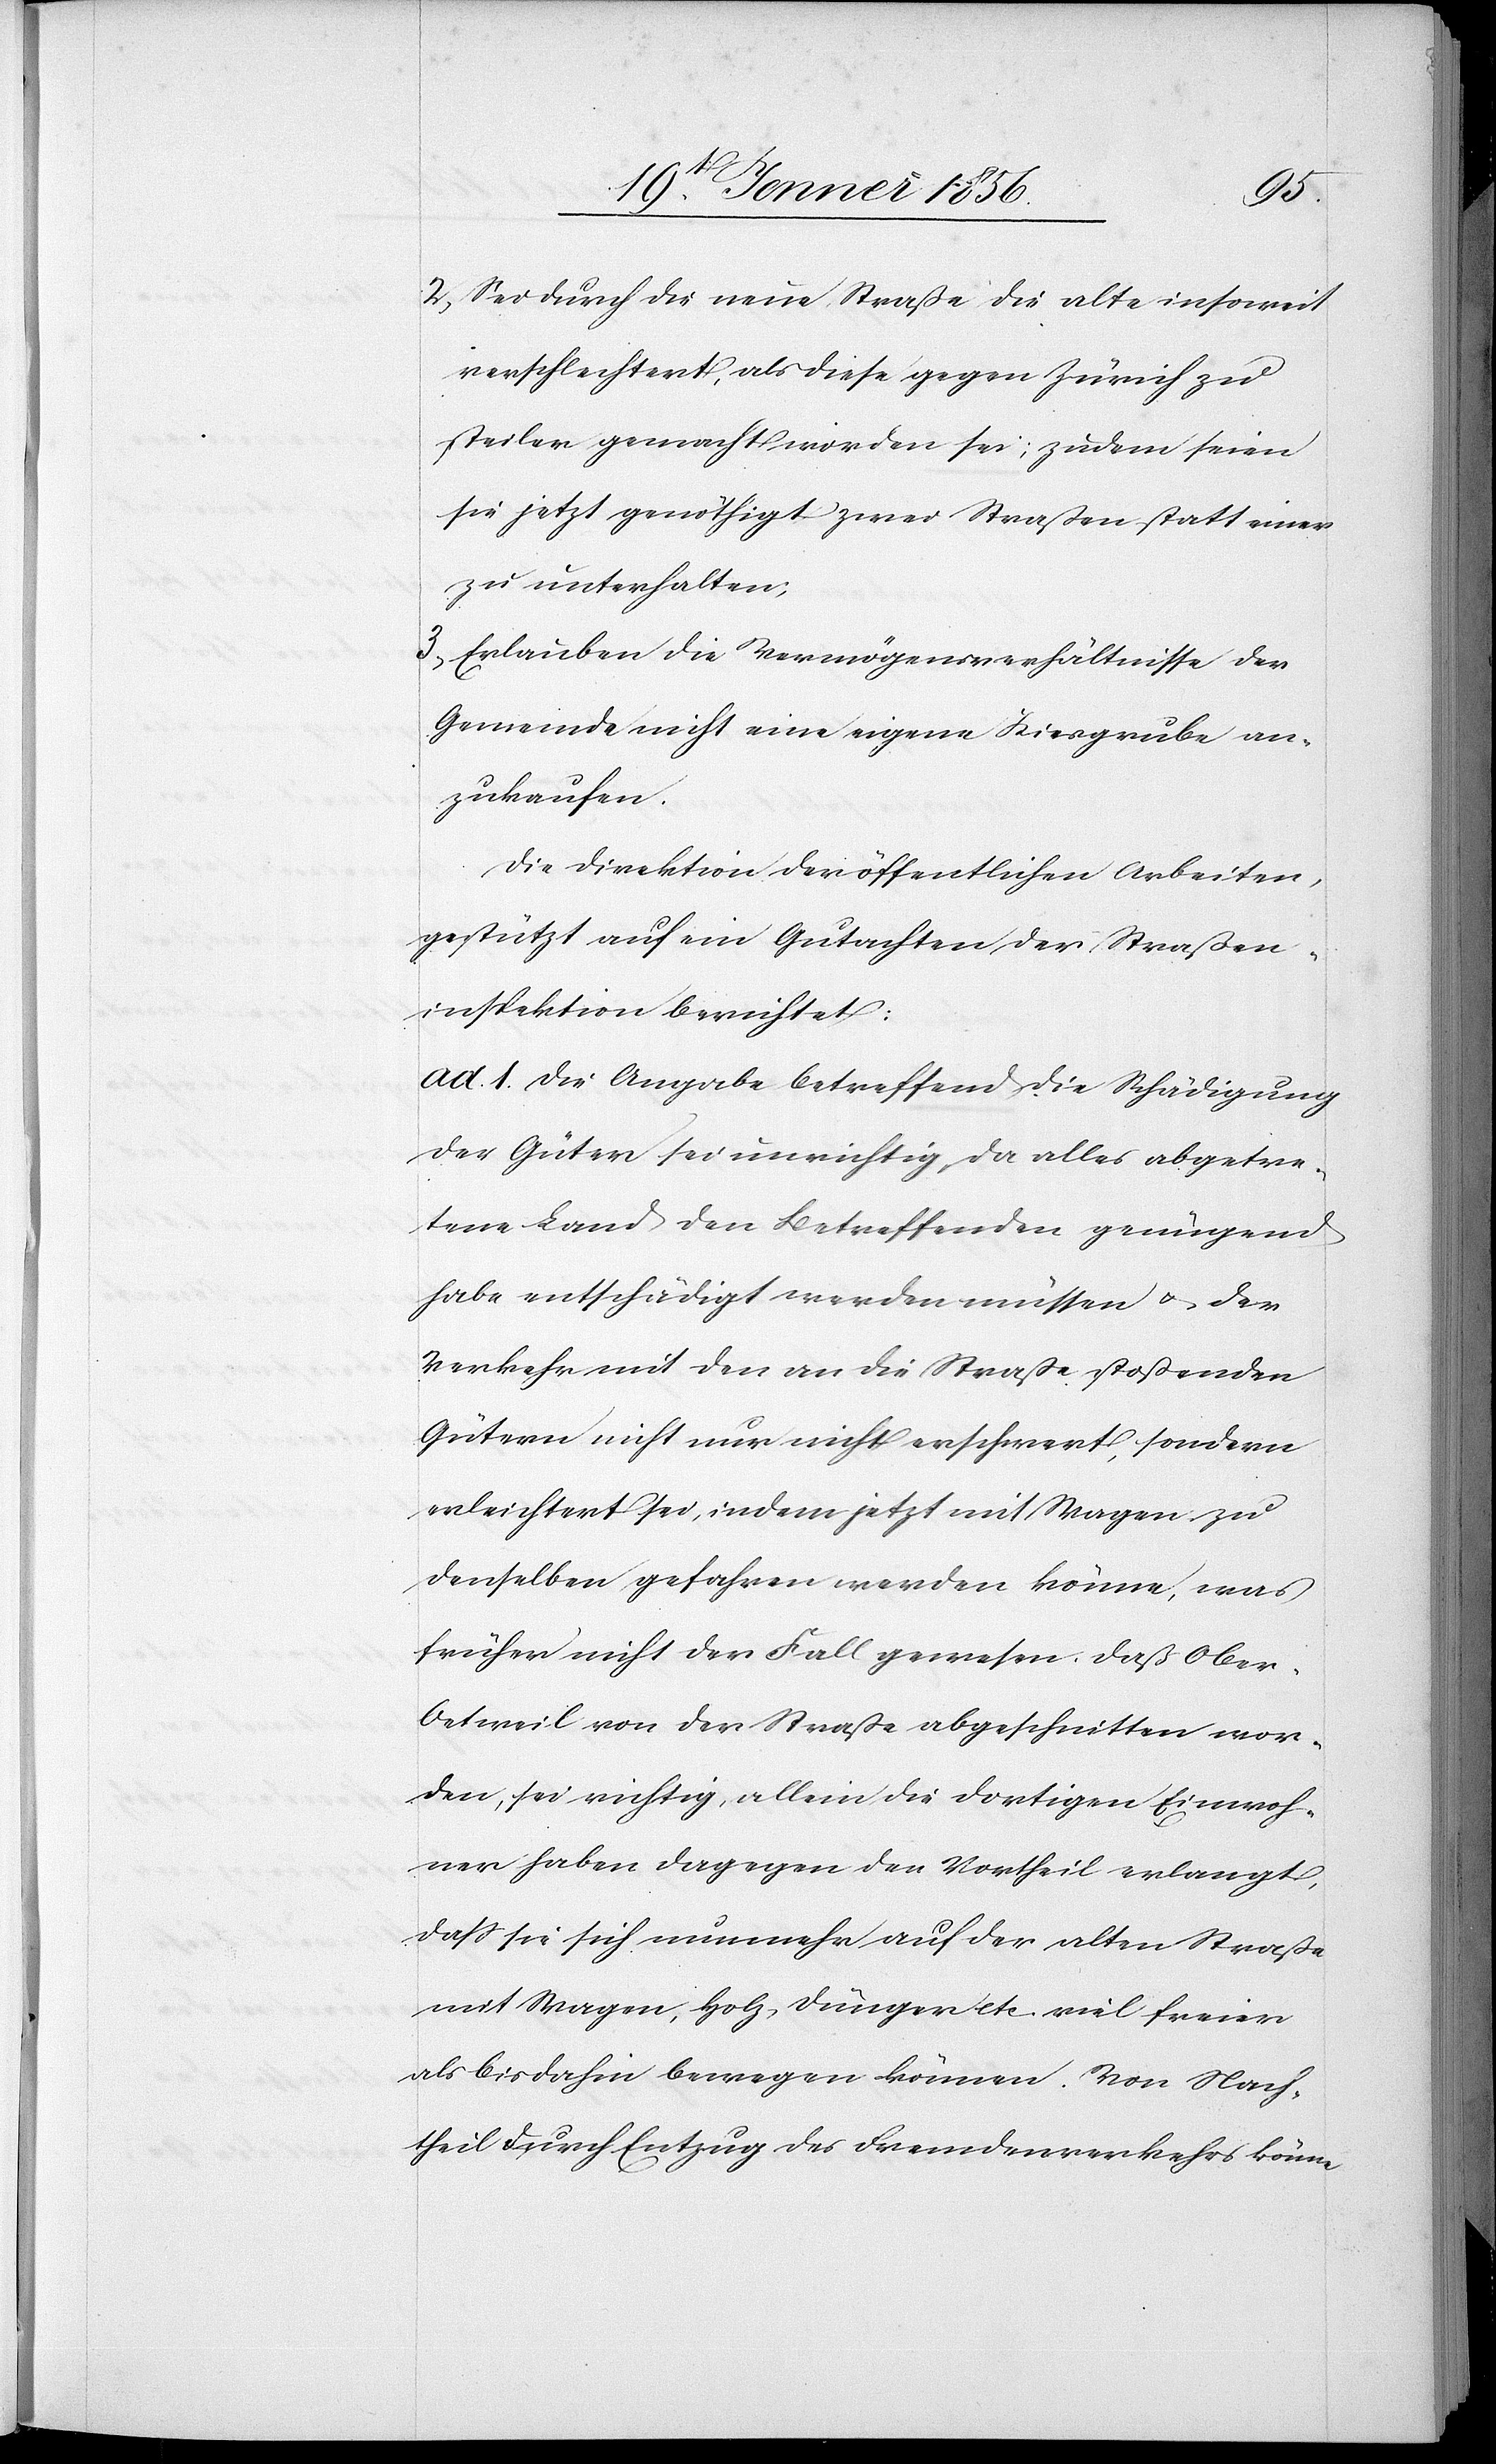
2, Sei durch die neue Straße die alte insoweit
verschlechtert, als diese gegen Zürich zu
steiler gemacht worden sei; zudem seien
sie jetzt genöthigt zwei Straßen statt einer
zu unterhalten;
3, Erlauben die Vermögensverhältnisse der
Gemeinde nicht eine eigene Kiesgrube an¬
zukaufen.
Die Direktion der öffentlichen Arbeiten,
gestützt auf ein Gutachten der Straßen¬
inspektion berichtet:
ad. 1. Die Angabe betreffend die Schädigung
der Güter sei unrichtig, da alles abgetre¬
tene Land den Betreffenden genügend
habe entschädigt werden müssen u. der
Verkehr mit den an die Straße stoßenden
Gütern nicht nur nicht erschwert, sondern
erleichtert sei, indem jetzt mit Wagen zu
denselben gefahren werden könne, was
früher nicht der Fall gewesen. Daß Ober-O¬
etweil von der Straße abgeschnitten wor¬
den, sei richtig, allein die dortigen Einwoh¬
ner haben dagegen den Vortheil erlangt,
dass sie sich nunmehr auf der alten Straße
mit Wagen, Holz, Dünger etc. viel freier
als bis dahin bewegen können. Von Nach¬
theil durch Entzug des Fremdenverkehrs könne